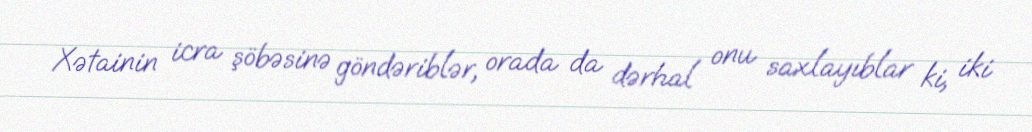
Xətainin icra şöbəsinə göndəriblər, orada da dərhal onu saxlayıblar ki, iki